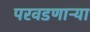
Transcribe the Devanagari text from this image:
परवडणाऱ्या